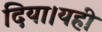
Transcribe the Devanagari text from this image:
दिया।यही